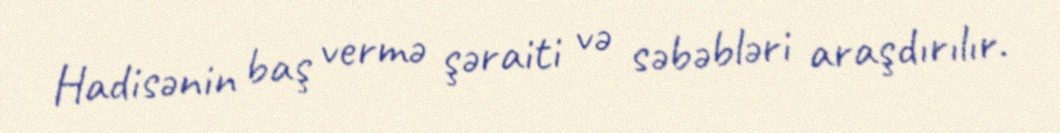
Hadisənin baş vermə şəraiti və səbəbləri araşdırılır.